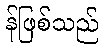
န်ဖြစ်သည်